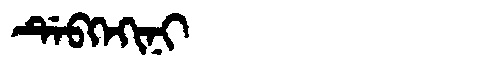
Manchu: ᡩᡝᠪᡴᡝᡴᡳᠨᡳ
Romanization: DEBKEKINI